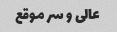
عالی و سر موقع